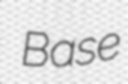
Base